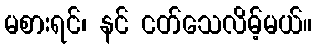
မစားရင်၊ နင် ငတ်သေလိမ့်မယ်။